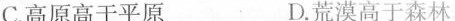
C.高原高于平原 D.荒漠高于森林